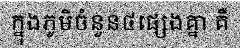
ក្នុងភូមិចំនួន៤ផ្សេងគ្នា គឺ